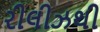
રીલીઝથી